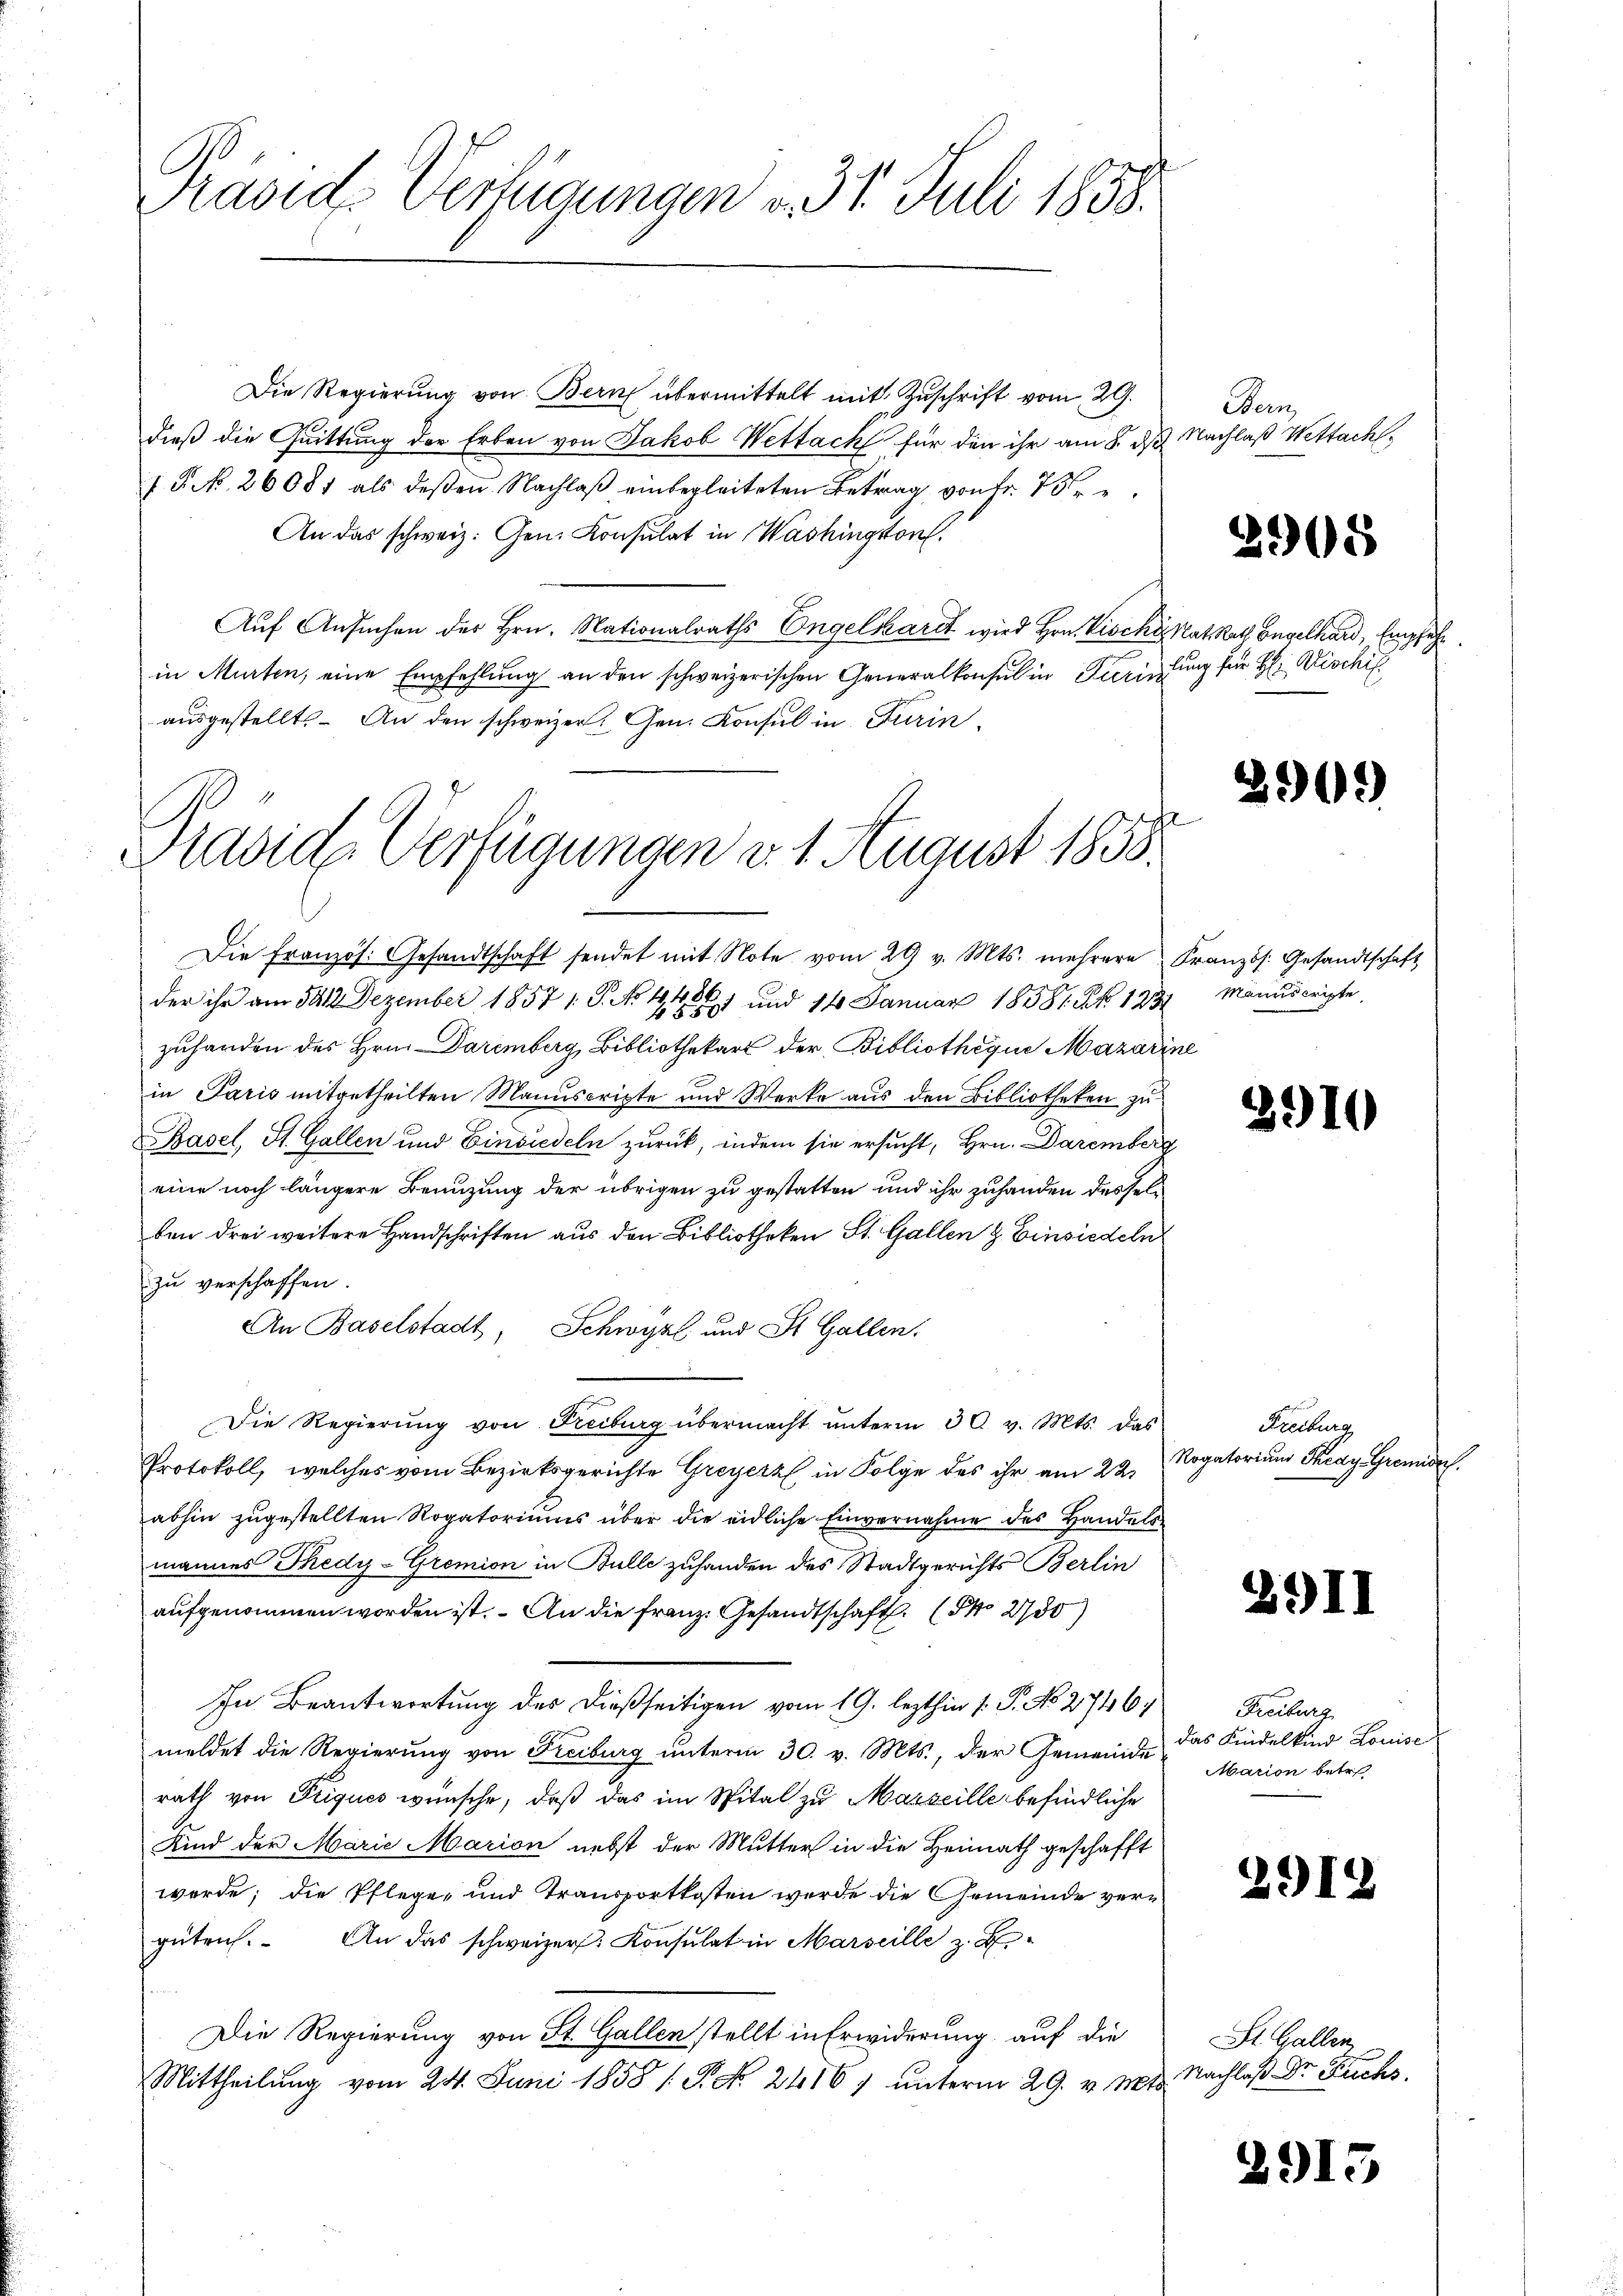
Pravids Verfügungen v. 31. Juli 1858.

dieß die Quittung der Erben von Jakob Wettach für den ihr am 8. ds. Nachlaß Wettach,
I P. No. 26081 als deßen Nachlaß einbegleiteten Betrag von Fr. 75 e
An das schweiz. Gen. Konsulat in Washingston.
Aŭf Ansuchen der Hrn. Nationalraths Engelhardt wird Hrn. Vicky hat. Rath Engelhard, Empfehl
in Murten, eine Empfehlung an den schweizerischen Generalkonsul in Paristung für H: Bischil
ausgestellt. An den schweizer. Gen. Konsul in Turin,

avide Verfügungen d. 1. August 1858.
Die Französ. Gesandtschaft sendet mit Note vom 29 v. Mts. mehrere Französ. Gesandtschaft

der ihr am 5412. Dezember 1857 1. P. No 1421 und 14 Januar 18581. k. 123 Manuscripte,
zuhanden des Hrn. Daremberg, Bibliothekars der Bibliothequn Mazarine
in Paris mitgetheilten Manuscripte und Werke aus den Bibliotheken zu
Basel, St. Gallen und Einsiedeln zurück, indem sie ersucht, Hrn. Daremberg
eine noch längere Benuzung der übrigen zu gestatten und ihr zuhanden desselben drei weitere Handschriften aus den Bibliotheken St. Gallen & Einsiedeln
zu verschaffen.
An Baselstadt, Schwyz und St. Gallen.
Die Regierŭng von Freiburg übermacht ŭnterm 30. v. Mts. das
Protokoll, welches vom Bezirksgerichte Greyerz in Folge des ihr am 22.
abhin zugestellten Rogatoriums über die eidliche Einvernahme des Handels
mannes Thedy-Gremion in Bulle zuhanden des Stadtgerichts Berlin
aufgenommen worden ist. An die franz. Gesandtschaft 200
In Beantwortung der dießseitigen vom 19. lezthin 1. P. No 2746, Freiburg
meldet die Regierung von Freiburg ŭnterm 30. v. Mts., der Gemeinde das Kindelkind Louise
rath von Triques wünsche, daß das im Spital zu Marseille befindliche
Kind der Marie Marion nebst der Mutter in die Heimath geschafft
werde; die Pflege, und Transportkosten werde die Gemeinde vergüten. An das schweizer. Konsulat in Marseille z. B
Die Regierung von St. Gallen stellt in Erwiderung auf die
Mittheilung vom 24. Juni 1858 / P. Nr. 2416) unterm 29. v. Mts.

Die Regierŭng von Bern übermittelt mit Zuschrift vom 29.

Bern

2908

2909

3910

Freiburg
Rogatorium Thray Gremide.

291)

Marion betr

2919

2913

St. Gallenz
Nachlaß Dr Fuchs.